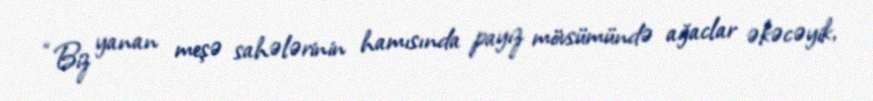
“Biz yanan meşə sahələrinin hamısında payız mövsümündə ağaclar əkəcəyik,